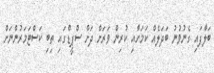
ބަލާފައި ގެނުވުނު ބަދަލެއް ކަމަށާއި ކުރިން ވަރަށް ދަށް ސްޕީޑްގައި ތިބި ކަސްޓަމަރުންނަށް